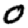
Digit: 0